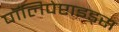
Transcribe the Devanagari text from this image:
पॉलिपेप्टाइड्स